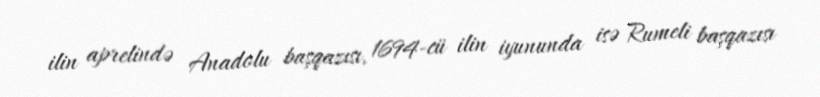
ilin aprelində Anadolu başqazısı, 1694-cü ilin iyununda isə Rumeli başqazısı